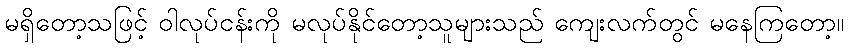
မရှိတော့သဖြင့် ဝါလုပ်ငန်းကို မလုပ်နိုင်တော့သူများသည် ကျေးလက်တွင် မနေကြတော့။